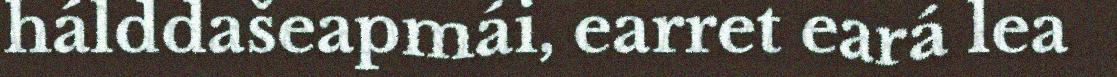
hálddašeapmái, earret eará lea